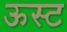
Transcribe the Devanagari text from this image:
ऊस्ट